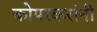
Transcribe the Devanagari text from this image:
कोपरकरांनी